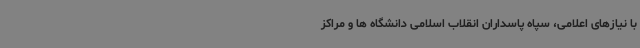
با نیازهای اعلامی، سپاه پاسداران انقلاب اسلامی دانشگاه ها و مراکز